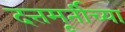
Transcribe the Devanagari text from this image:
दत्तमूर्तीच्या